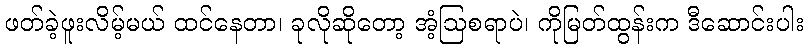
ဖတ်ခဲ့ဖူးလိမ့်မယ် ထင်နေတာ၊ ခုလိုဆိုတော့ အံ့ဩစရာပဲ၊ ကိုမြတ်ထွန်းက ဒီဆောင်းပါး